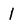
Character: l